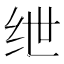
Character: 绁